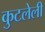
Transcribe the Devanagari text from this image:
कुटलेली